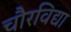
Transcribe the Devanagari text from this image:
चौरविद्या